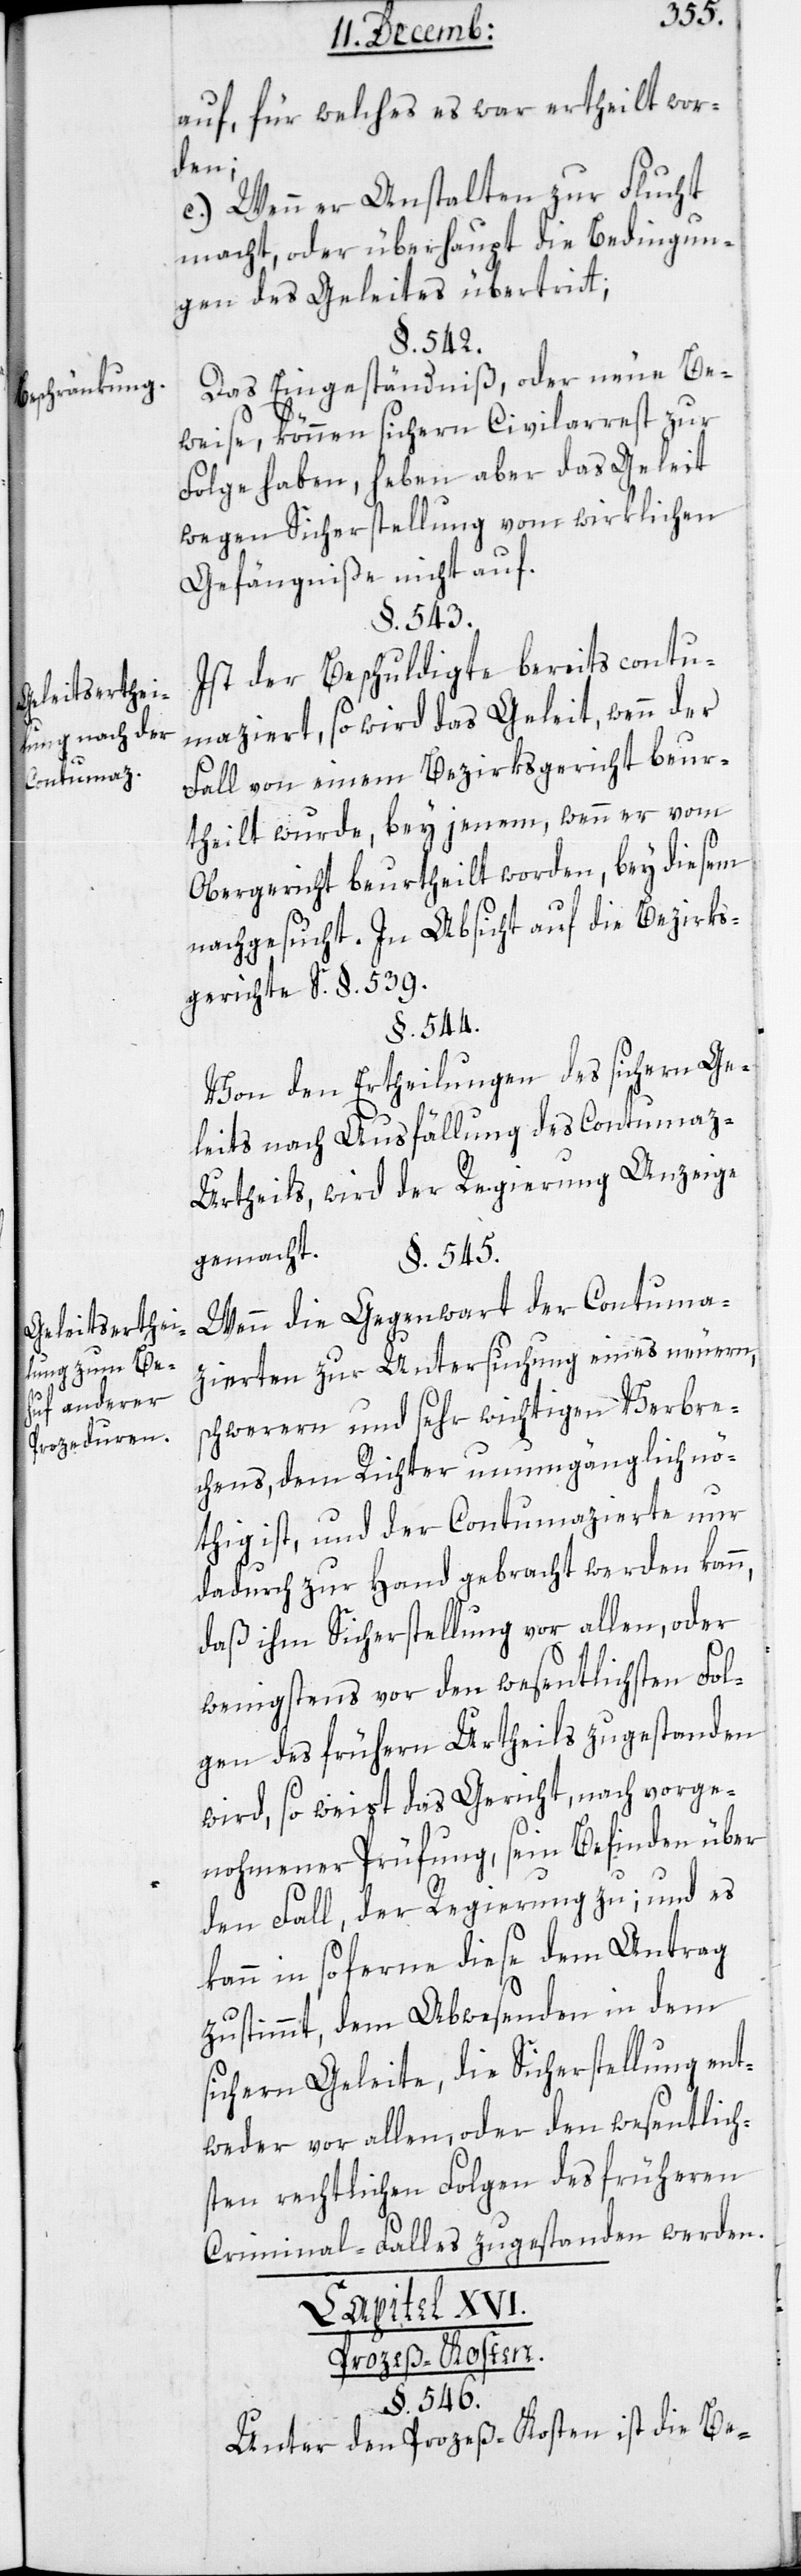
Beschränkung.
Geleitserthei¬
lung nach der
Contumaz.
Geleitserthei¬
lung zum Be¬
huf anderer
Prozeduren.

auf, für welches es war ertheilt wor¬
den.
c.) Wenn er Anstalten zu Flucht
macht oder überhaupt die Bedingun¬
gen des Geleites übertritt.
§. 542.
Das Eingeständniß oder neue Be¬
weise, können sichern Civilarrest zur
Folge haben, heben aber das Geleit
wegen Sicherstellung vom wirklichen
Gefängniß nicht auf.
§. 543.
Ist der Beschuldigte bereits contu¬
maziert, so wird das Geleit, wenn der
Fall von einem Bezirksgericht beur¬
theilt wurde, bey jenem, wenn er vom
Obergericht beurtheilt worden, bey diesem
nachgesucht. In Absicht auf die Bezirks¬
gerichte siehe §. 539.
§. 544.
Von den Ertheilungen des sichern Ge¬
leits nach Ausfällung des Contuma¬
z-Urtheils, wird der Regierung Anzeige
gemacht.
§. 545.
Wenn die Gegenwart der Contuma¬
zierten zur Untersuchung eines neuern,
schwerern und sehr wichtigen Verbre¬
chens, dem Richter unumgänglich nö¬
thig ist, und der Contumazierte nur
dadurch zur Hand gebracht werden kann,
daß ihm Sicherstellung vor allen, oder
wenigstens vor den wesentlichsten Fol¬
gen des frühern Urtheils zugestanden
wird, so weist das Gericht, nach vorge¬
nohmener Prüfung, sein Befinden über
den Fall, der Regierung zu; und es
kann, in so ferne diese dem Antrag
zustimmt, dem Abwesenden in dem
sichern Geleit die Sicherstellung ent¬
weder vor allen oder den wesentlich¬
sten rechtlichen Folgen des früheren
Criminal-Falles zugestanden werden.
Capital XVI.
Prozeß-Kosten.
§. 546.
Unter den Prozeß-Kosten ist die Be-